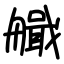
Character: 艥